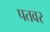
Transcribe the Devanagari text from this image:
पतवर